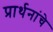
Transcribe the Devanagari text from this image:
प्रार्थनांचे